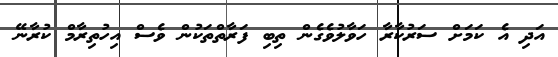
އަދި އެ ކަމަށް ސަރުކާރާ ހަވާލުވެގެން ތިބި ފަރާތްތަކުން ވެސް އިހުތިރާމް ކުރާނޭ